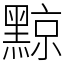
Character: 黥